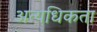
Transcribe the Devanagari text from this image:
अत्यधिकता